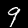
Digit: 9